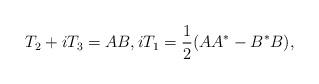
LaTeX: \begin{align*}T_2+iT_3=AB,iT_1=\frac{1}{2}(AA^\ast-B^\ast B),\end{align*}